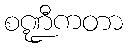
စဏ္ဍီကတာ